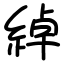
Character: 綽